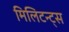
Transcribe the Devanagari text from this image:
मिलिटन्ट्स